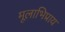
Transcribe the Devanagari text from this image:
मूलाभिप्राय